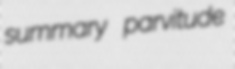
summary parvitude